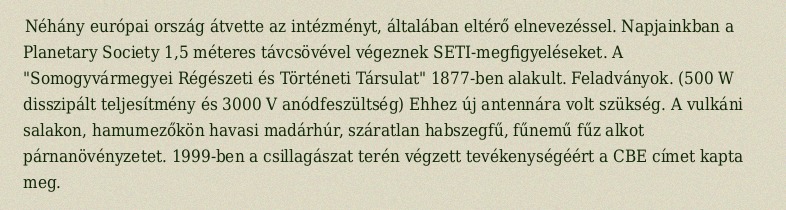
Néhány európai ország átvette az intézményt, általában eltérő elnevezéssel. Napjainkban a Planetary Society 1,5 méteres távcsövével végeznek SETI-megfigyeléseket. A "Somogyvármegyei Régészeti és Történeti Társulat" 1877-ben alakult. Feladványok. (500 W disszipált teljesítmény és 3000 V anódfeszültség) Ehhez új antennára volt szükség. A vulkáni salakon, hamumezőkön havasi madárhúr, száratlan habszegfű, fűnemű fűz alkot párnanövényzetet. 1999-ben a csillagászat terén végzett tevékenységéért a CBE címet kapta meg.